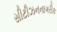
સીટીઝનનાગરીક